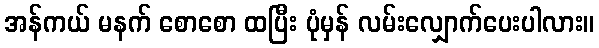
အန်ကယ် မနက် စောစော ထပြီး ပုံမှန် လမ်းလျှောက်ပေးပါလား။